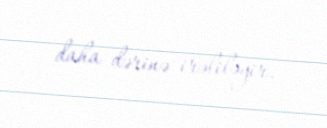
daha dərinə irəliləyir.